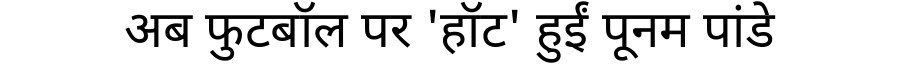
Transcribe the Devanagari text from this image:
अब फुटबॉल पर 'हॉट' हुईं पूनम पांडे